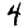
Digit: 4